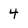
Character: 4